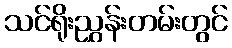
သင်ရိုးညွှန်းတမ်းတွင်